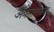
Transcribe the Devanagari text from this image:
अंबेमातेच्या